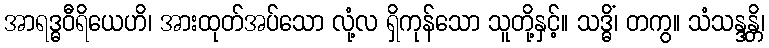
အာရဒ္ဓဝီရိယေဟိ၊ အားထုတ်အပ်သော လုံ့လ ရှိကုန်သော သူတို့နှင့်။ သဒ္ဓိံ၊ တကွ။ သံသန္ဒန္တိ၊